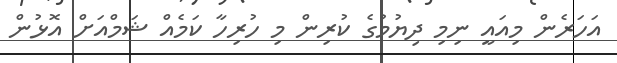
އަހަރެން މިއައީ ނިމި ދިޔުމުގެ ކުރިން މި ހުރިހާ ކަމެއް ޝަމްއަށް އޮޅުން